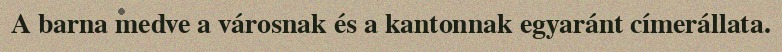
A barna medve a városnak és a kantonnak egyaránt címerállata.